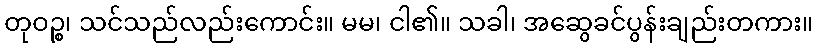
တုဝဉ္စ၊ သင်သည်လည်းကောင်း။ မမ၊ ငါ၏။ သခါ၊ အဆွေခင်ပွန်းချည်းတကား။